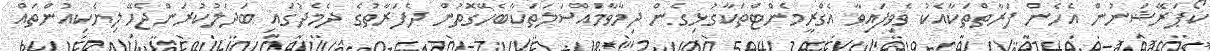
ކޯޕަރޭޝަނުން އެހެން ފަރާތްތަކާއެކު ވެވިފައިވާ އެގްރީމެންޓްތަކާގުޅިގެން ދިމާވާމައްސަލަތަކާބެހޭގޮތުން ދެފަރާތުގެ ދެމެދުގައި ބަދަލުކުރަންޖެހޭ ލިޔެކިއުންތައް